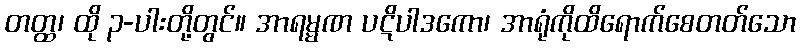
တတ္ထ၊ ထို ၃-ပါးတို့တွင်။ အာရမ္မဏ ပဋိပါဒကော၊ အာရုံကိုထိရောက်စေတတ်သော